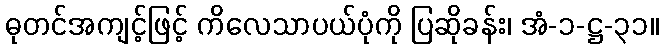
ဓုတင်အကျင့်ဖြင့် ကိလေသာပယ်ပုံကို ပြဆိုခန်း၊ အံ-၁-ဋ္ဌ-၃၁။